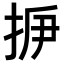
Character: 𢫽